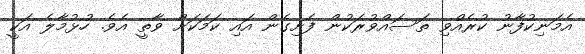
އެމަނިކުފާނު ކުރެއްވި ތަސައްވުރަކުން ފެށިގެން އައި ކަމަކަށް ވާތީ އެވެ. ހުޅުމާލެ އަކީ